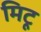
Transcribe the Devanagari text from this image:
मिटू